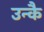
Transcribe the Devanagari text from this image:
उन्कै